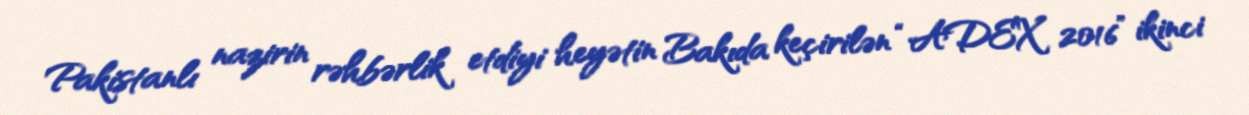
Pakistanlı nazirin rəhbərlik etdiyi heyətin Bakıda keçirilən “ADEX 2016” ikinci